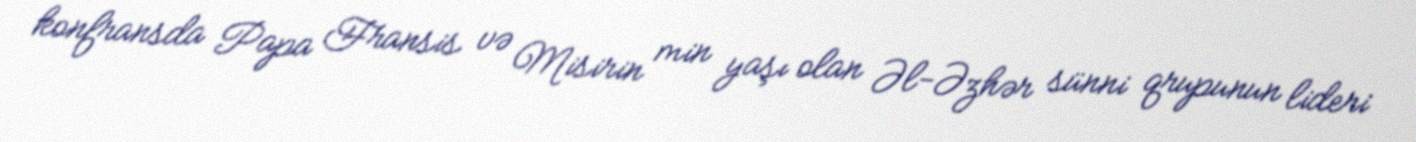
konfransda Papa Fransis və Misirin min yaşı olan Əl-Əzhər sünni qrupunun lideri